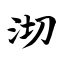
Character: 沏